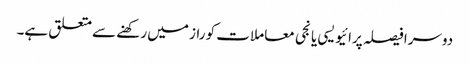
دوسرا فیصلہ پرائیویسی یا نجی معاملات کو راز میں رکھنے سے متعلق ہے۔